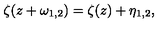
\zeta ( z + \omega _ { 1 , 2 } ) = \zeta ( z ) + \eta _ { 1 , 2 } ,